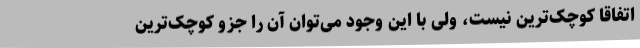
اتفاقاً کوچک‌ترین نیست، ولی با این وجود می‌توان آن را جزو کوچک‌ترین